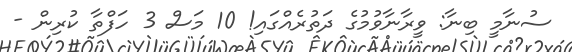
ސުނާމީ ބިނާ: ވީރާނާވުމުގެ ދަތުރެއްގައި! 10 މަސް 3 ހަފްތާ ކުރިން -